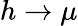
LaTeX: h\to\mu